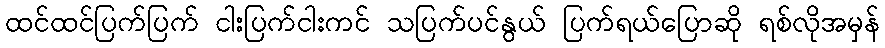
ထင်ထင်ပြက်ပြက် ငါးပြက်ငါးကင် သပြက်ပင်နွယ် ပြက်ရယ်ပြောဆို ရစ်လိုအမှန်